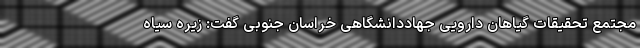
مجتمع تحقیقات گیاهان دارویی جهاددانشگاهی خراسان جنوبی گفت: زیره سیاه